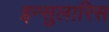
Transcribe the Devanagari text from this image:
इन्सुलारिस